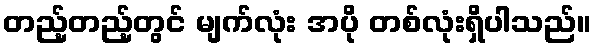
တည့်တည့်တွင် မျက်လုံး အပို တစ်လုံးရှိပါသည်။